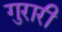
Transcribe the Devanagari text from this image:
गुरारी